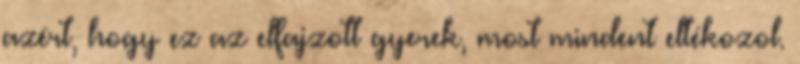
azért, hogy ez az elfajzott gyerek, most mindent eltékozol.